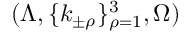
( \Lambda , \{ k _ { \pm \rho } \} _ { \rho = 1 } ^ { 3 } , \Omega )